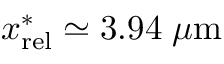
x _ { \mathrm { r e l } } ^ { \ast } \simeq 3 . 9 4 \; \mu \mathrm { m }